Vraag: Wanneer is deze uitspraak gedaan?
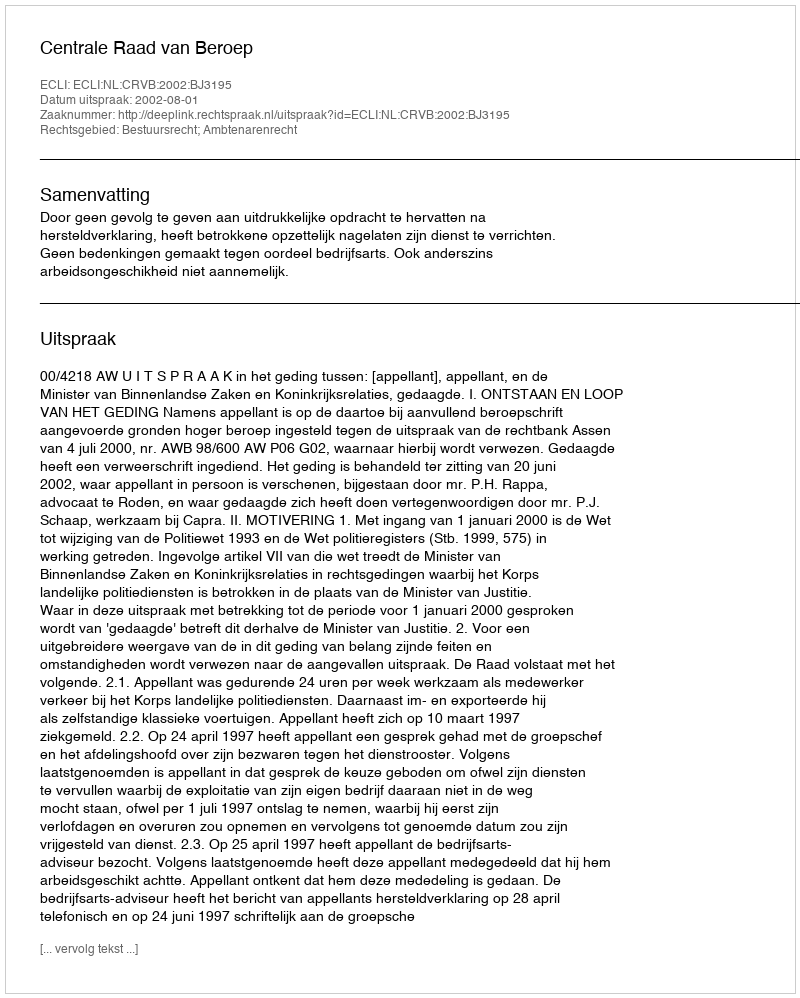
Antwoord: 2002-08-01